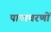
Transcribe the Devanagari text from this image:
पापाचरणों